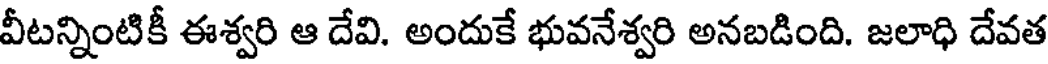
వీటన్నింటికీ ఈశ్వరి ఆ దేవి. అందుకే భువనేశ్వరి అనబడింది. జలాధి దేవత